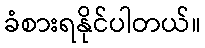
ခံစားရနိုင်ပါတယ်။